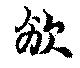
頒